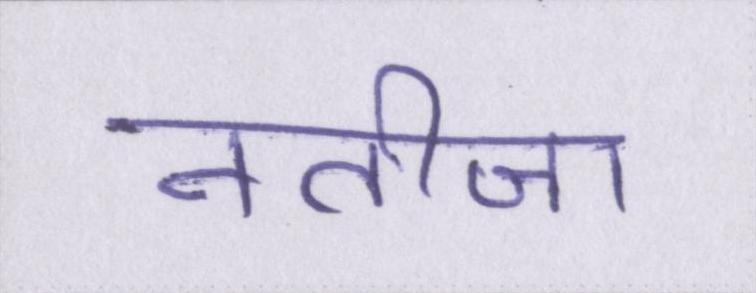
नतीजा